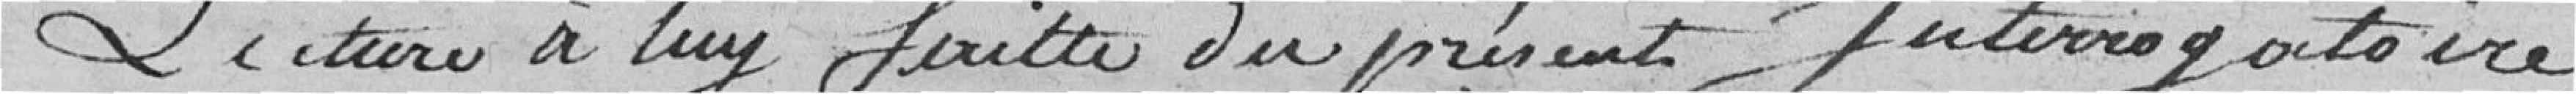
Lecture à lui faite du présent interrogatoire